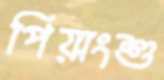
পিয়াংশু